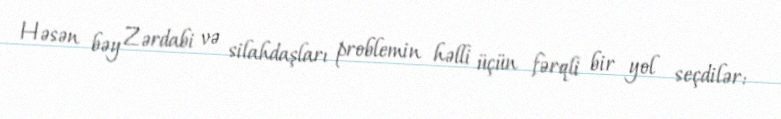
Həsən bəy Zərdabi və silahdaşları problemin həlli üçün fərqli bir yol seçdilər: